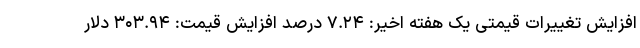
افزایش تغییرات قیمتی یک هفته اخیر: ۷.۲۴ درصد افزایش قیمت: ۳۰۳.۹۴ دلار